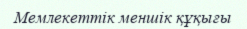
Мемлекеттік меншік құқығы